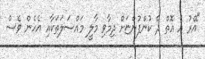
"އޭރު އެ އޮތް ދެ ކުންފުންޏަށް ދިމާވި މާލީ މައްސަލަތަކާއި އެހެން ވެސް